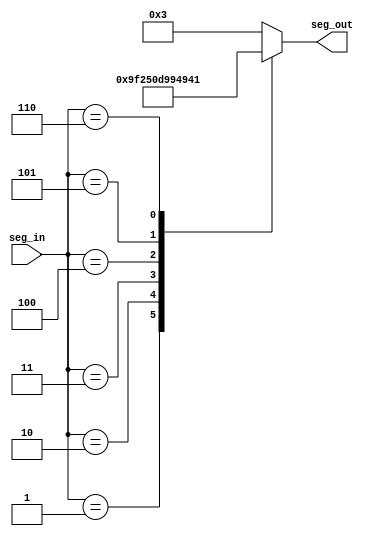
`timescale 1ns / 1ps
//////////////////////////////////////////////////////////////////////////////////
// Company: 
// Engineer: 
// 
// Design Name: 
// Module Name: seven_seg
// Project Name: 
// Target Devices: 
// Tool Versions: 
// Description: 
// 
// Dependencies: 
// 
// Revision:
// Revision 0.01 - File Created
// Additional Comments:
// 
//////////////////////////////////////////////////////////////////////////////////


module seven_seg(
    input [2:0] seg_in,
    output reg [7:0] seg_out
    );
    
    always@(*) begin
    case(seg_in)
    3'b000: seg_out <= 8'b00000011;//0
    3'b001: seg_out <= 8'b10011111;//1
    3'b010: seg_out <= 8'b00100101;//2
    3'b011: seg_out <= 8'b00001101;//3
    3'b100: seg_out <= 8'b10011001;//4
    3'b101: seg_out <= 8'b01001001;//5
    3'b110: seg_out <= 8'b01000001;//6
    default: seg_out <= 8'b00000011;
    endcase
    end
endmodule